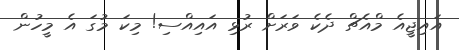
އައިޖީއެ މްއެޗް ދެކެ ވަރަށް ރުޅި އައިއްސި! މިކަ މުގަ އެ މީހުން